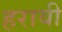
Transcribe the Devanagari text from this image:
हरायी